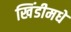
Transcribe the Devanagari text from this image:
खिंडीमधे